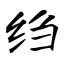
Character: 绉